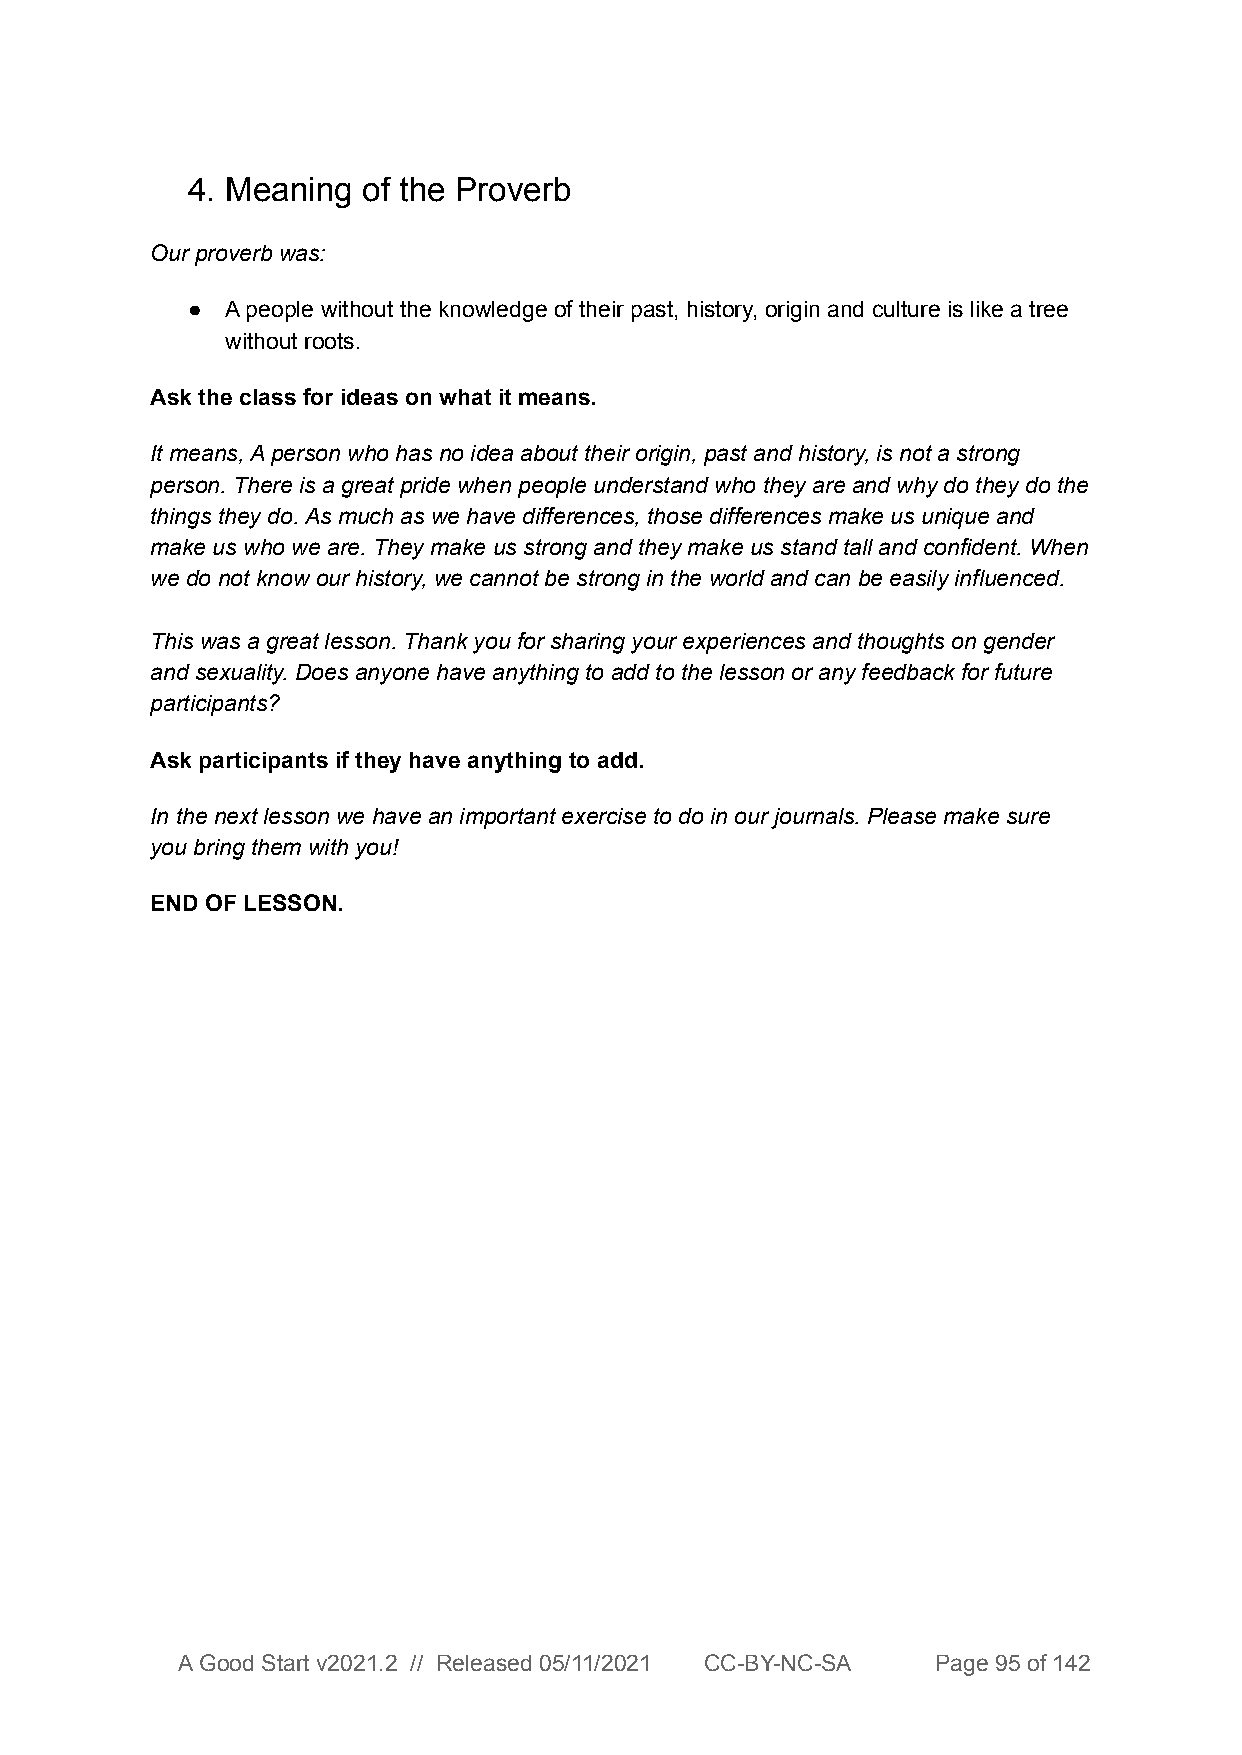
4. Meaning  of the Proverb
 Our proverb was:
 ●  A people without the knowledge of their past, history, origin and culture is like a tree
 without roots.
 Ask the class for ideas on what it means.
 It means, A person who has no idea about their origin, past and history, is not a strong
 person. There is a great pride when people understand who they are and why do they do the
 things they do. As much as we have differences, those differences make us unique and
 make us who we are. They make us strong and they make us stand tall and confident. When
 we do not know our history, we cannot be strong in the world and can be easily influenced.
 This was a great lesson. Thank you for sharing your experiences and thoughts on gender
 and sexuality. Does anyone have anything to add to the lesson or any feedback for future
 participants?
 Ask participants if they have anything to add.
 In the next lesson we have an important exercise to do in our journals. Please make sure
 you bring them with you!
 END OF LESSON.
 A Good Start v2021.2 // Released 05/11/2021 CC-BY-NC-SA Page 95 of 142